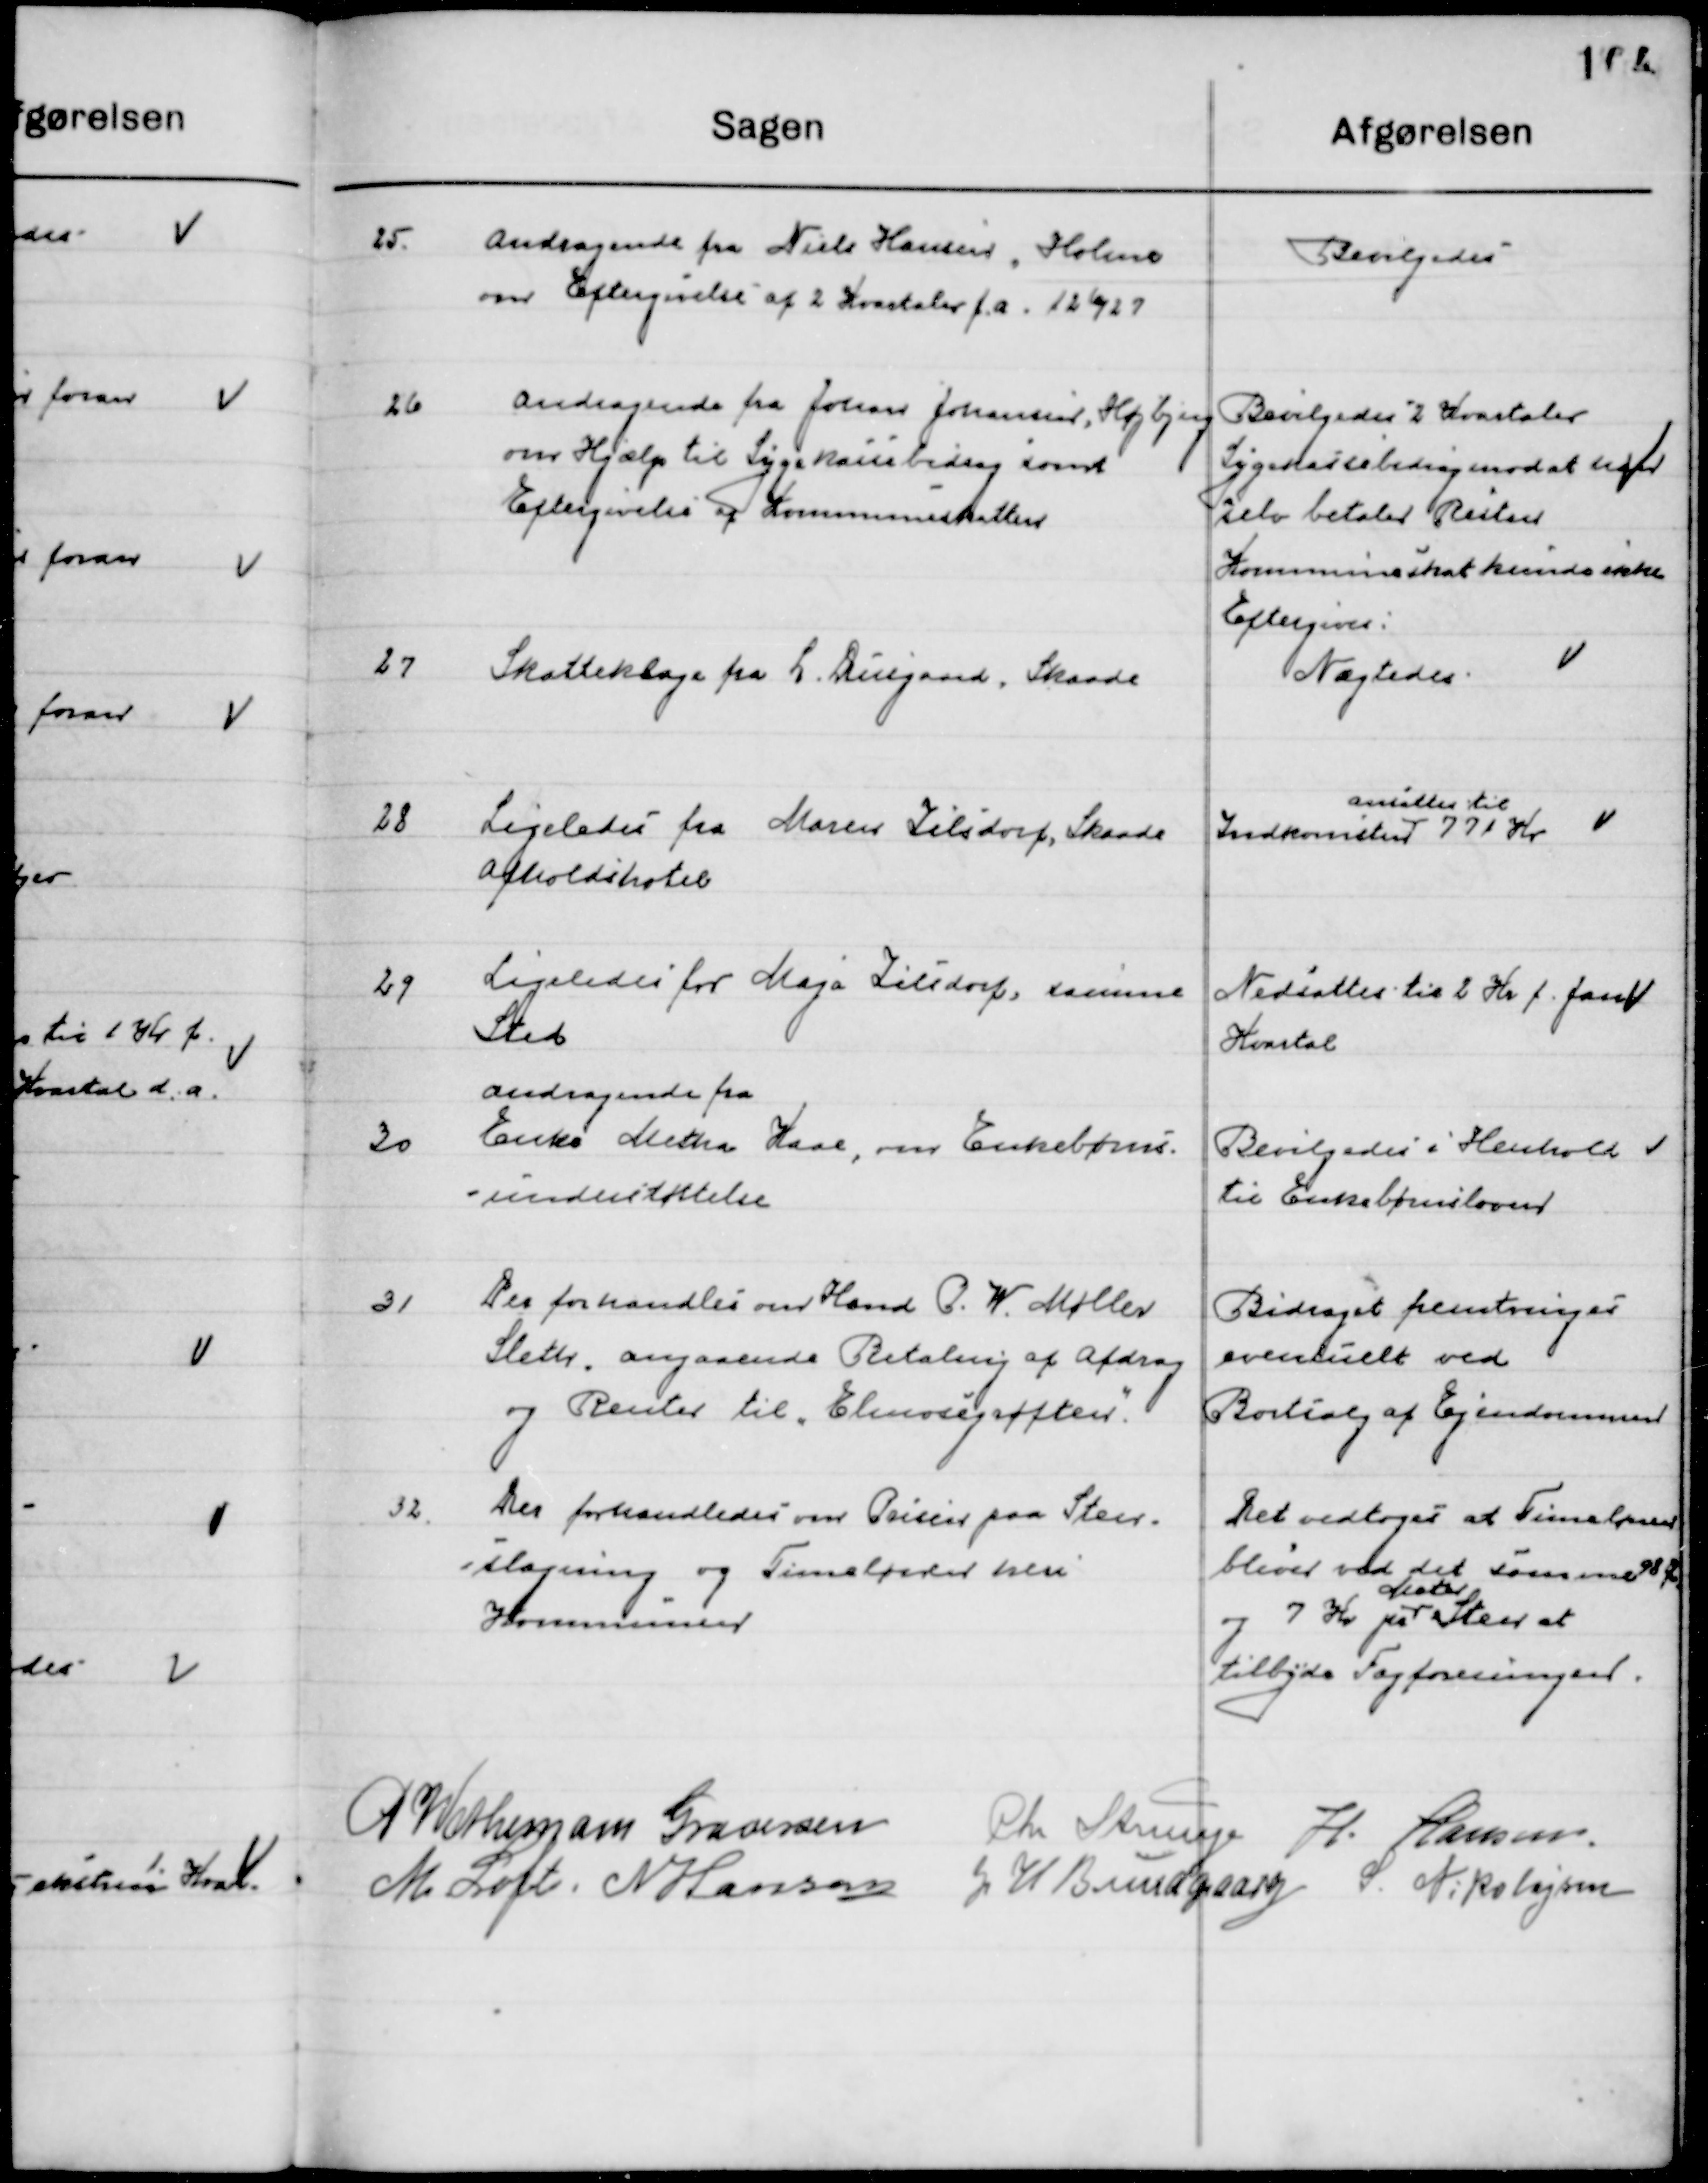
Transskription:
25

Andragende fra Niels Hansen, Holme
Om Eftergivelse af 2 Kvartaler f. a. 26/27

Bevilgedes

26

Andragende fra Johan Johannes, Højbjerg
om Hjælp til Sygekassebidrag samt
Eftergivelse af Kommuneskatten

Bevilgedes 2 Kvartaler
Sygekassebidrag mod at han
selv betaler Resten.
Kommuneskat kunde ikke 
Eftergives.

27

Skatteklage fra L. Duegaard, Skaade

Nægtedes.

28

Ligeledes fra Maren Lilsdorf, Skaade
Afholdshotel

Indkomst 
ansættes til
771 Kr.

29

Ligeledes fra Maja Lilsdorf, samme
Sted

Nedsattes til 2 Kr. f. Jan.
Kvartal

30

Andragende fra
Enke Metha Kaas, om Enkebørns-
understøttelse.

Bevilgedes i Henhold 
til Enkebørnsloven

31

Der forhandles om Hmd. P. W. Møller
Sleth, angaaende Betaling af Afdrag
og renter til „Elemosegrøften”.

Bidraget fremtvinges
eventuelt ved 
Bortsalg af Ejendommen

32.

Der forhandles om Priser paa Sten-
-slagning og Timelønnen heri
Kommunen.

Det vedtoges at Timelønnen
bliver ved det samme 98 Øre
og 7 Kr. pr. 
Meter 
Sten at
tilbyde Fagforeningen

P. Wethemann Graversen
Chr. Strunge
H. Hansen
M. Loft
N. Hansen
J. H. Bundgaard
S. Nikolajsen